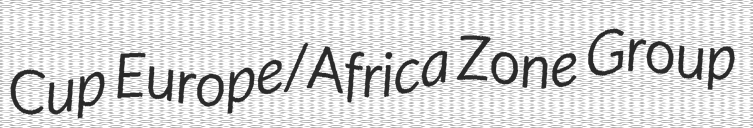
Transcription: Cup Europe/Africa Zone Group